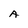
Character: A